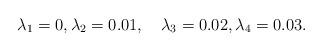
LaTeX: \begin{align*}\lambda_1 = 0, \lambda_2=0.01,\quad\lambda_3=0.02, \lambda_4=0.03.\end{align*}